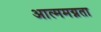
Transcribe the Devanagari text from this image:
आत्ममग्नता